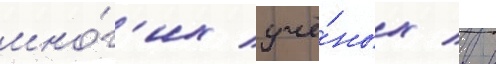
мно́г'их учё́ных / в